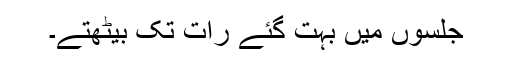
جلسوں میں بہت گئے رات تک بیٹھتے۔